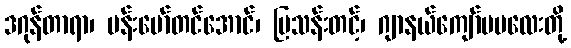
ဒဂုန်တာရာ၊ ဗန်းမော်တင်အောင်၊ မြသန်းတင့်၊ ဂျာနယ်ကျော်မမလေးတို့